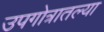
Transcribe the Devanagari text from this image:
उपगोत्रातल्या